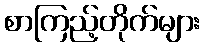
စာကြည့်တိုက်များ